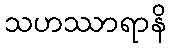
သဟဿာရာနိ